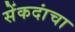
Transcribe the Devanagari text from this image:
सेंकदांचा